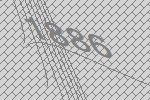
1886